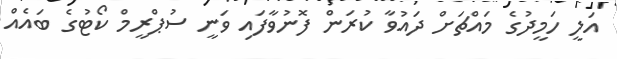
އަލީ ހަމީދުގެ މައްޗަށް ދައުވާ ކުރަން ފޮނުވާފައި ވަނީ ސުޕްރީމް ކޯޓުގެ ބައެއް